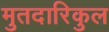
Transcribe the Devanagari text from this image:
मुतदारिकुल